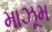
માઝૂમ